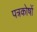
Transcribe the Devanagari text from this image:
पत्रकोषों